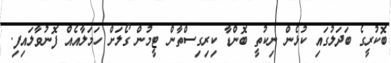
ބޮކުރީގެ ބަދަލުގައި ކުޅެން ނިކުތީ ބޮންޑާ ކިރިގިސްތާން ޓީމުން ގޯލަށް ހަމަލާއެއް ފޮނުވާލައިފި.